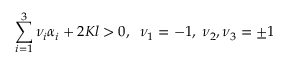
\sum _ { i = 1 } ^ { 3 } \nu _ { i } \alpha _ { i } + 2 K l > 0 , \; \; \nu _ { 1 } = - 1 , \; \nu _ { 2 } , \nu _ { 3 } = \pm 1